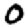
Digit: 0